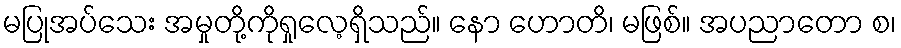
မပြုအပ်သေး အမှုတို့ကိုရှုလေ့ရှိသည်။ နော ဟောတိ၊ မဖြစ်။ အပညာတော စ၊